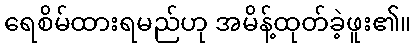
ရေစိမ်ထားရမည်ဟု အမိန့်ထုတ်ခဲ့ဖူး၏။